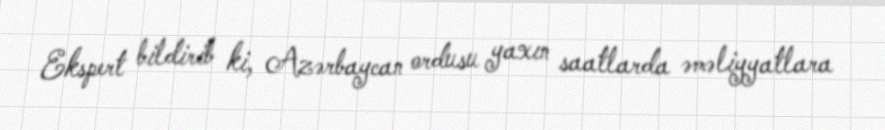
Ekspert bildirib ki, Azərbaycan ordusu yaxın saatlarda əməliyyatlara